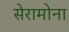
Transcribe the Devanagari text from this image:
सेरामोना